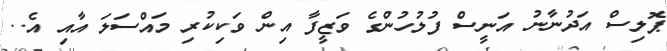
ޕޮލިސް އަދުނާނު އަނީސް ފުލުހުންގެ ވަޒީފާ އިން ވަކިކުރި މައްސަލަ އާއި އެ..